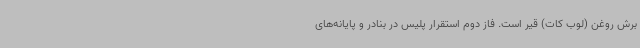
برش روغن (لوب کات) قیر است. فاز دوم استقرار پلیس در بنادر و پایانه‌های